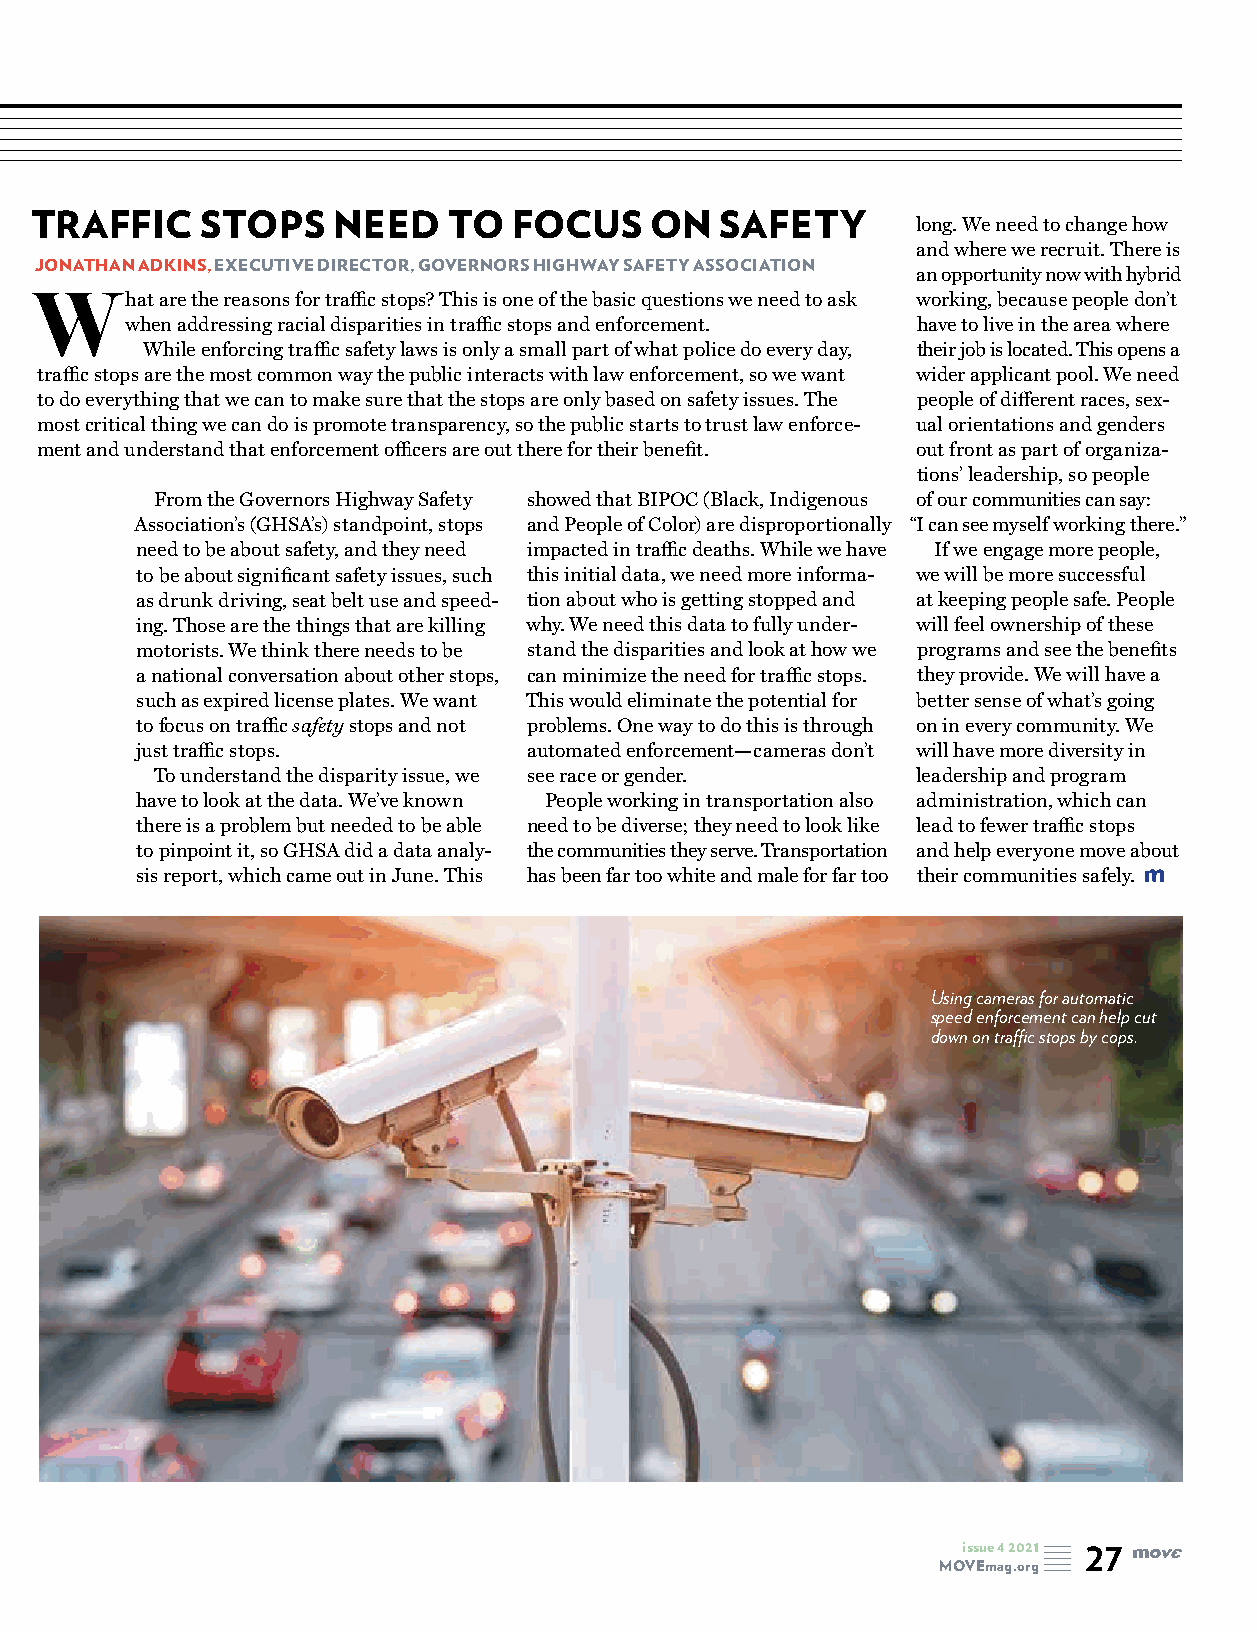
TRAFFIC    STOPS    NEED    TO  FOCUS    ON   SAFETY       long. We need to change how
 and where we recruit. There is
 JONATHAN ADKINS, EXECUTIVE DIRECTOR, GOVERNORS HIGHWAY SAFETY ASSOCIATION
 an opportunity now with hybrid
 What    are the reasons for traffic stops? This is one of the basic questions we need to ask working, because people don’t
 when addressing racial disparities in traffic stops and enforcement. have to live in the area where
 While enforcing traffic safety laws is only a small part of what police do every day, their job is located. This opens a
 traffic stops are the most common way the public interacts with law enforcement, so we want wider applicant pool. We need
 to do everything that we can to make sure that the stops are only based on safety issues. The people of different races, sex-
 most critical thing we can do is promote transparency, so the public starts to trust law enforce- ual orientations and genders
 ment and understand that enforcement officers are out there for their benefit. out front as part of organiza-
 tions’ leadership, so people
 From the Governors Highway Safety showed that BIPOC (Black, Indigenous of our communities can say:
 Association’s (GHSA’s) standpoint, stops and People of Color) are disproportionally “I can see myself working there.”
 need to be about safety, and they need impacted in traffic deaths. While we have If we engage more people,
 to be about significant safety issues, such this initial data, we need more informa- we will be more successful
 as drunk driving, seat belt use and speed- tion about who is getting stopped and at keeping people safe. People
 ing. Those are the things that are killing why. We need this data to fully under- will feel ownership of these
 motorists. We think there needs to be stand the disparities and look at how we programs and see the benefits
 a national conversation about other stops, can minimize the need for traffic stops. they provide. We will have a
 such as expired license plates. We want This would eliminate the potential for better sense of what’s going
 to focus on traffic safety stops and not problems. One way to do this is through on in every community. We
 just traffic stops.       automated enforcement—cameras don’t will have more diversity in
 To understand the disparity issue, we see race or gender. leadership and program
 have to look at the data. We’ve known People working in transportation also administration, which can
 there is a problem but needed to be able need to be diverse; they need to look like lead to fewer traffic stops
 to pinpoint it, so GHSA did a data analy- the communities they serve. Transportation and help everyone move about
 sis report, which came out in June. This has been far too white and male for far too their communities safely.
 Using cameras for automatic
 speed enforcement can help cut
 down on traffic stops by cops.
 issue 4 2021 27
 MOVEmag.org